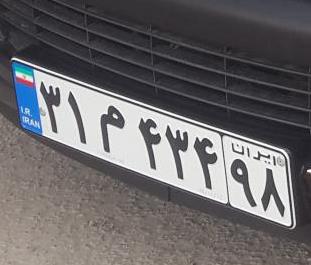
۳۱م۴۳۴۹۸